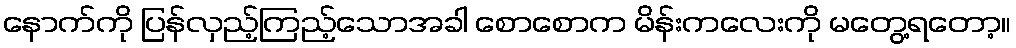
နောက်ကို ပြန်လှည့်ကြည့်သောအခါ စောစောက မိန်းကလေးကို မတွေ့ရတော့။